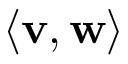
\langle \mathbf { v } , \mathbf { w } \rangle